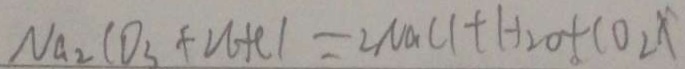
N a _ { 2 } C O _ { 3 } + U + C l = 2 N a C l + H _ { 2 } O + C O _ { 2 } \uparrow